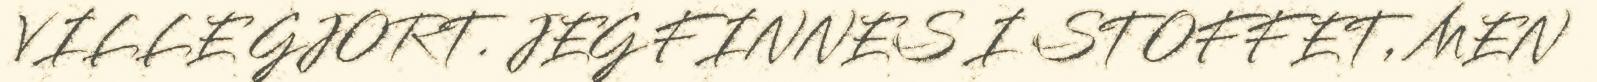
VILLE GJORT. JEG FINNES I STOFFET, MEN